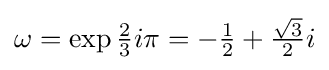
\omega =\exp {\tfrac {2}{3}}i\pi =-{\tfrac {1}{2}}+{\tfrac {\sqrt {3}}{2}}i